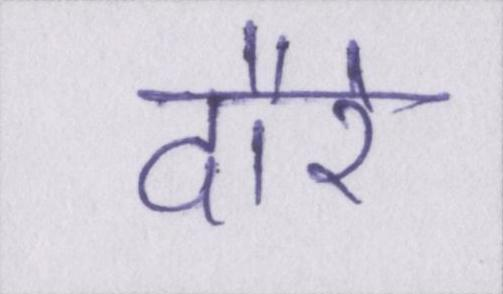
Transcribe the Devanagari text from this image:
दौरे